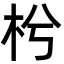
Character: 枍